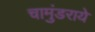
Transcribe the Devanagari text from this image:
चामुंडराये